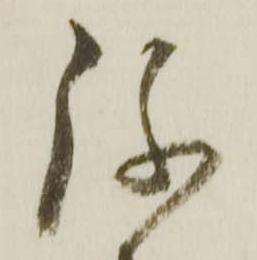
弥